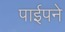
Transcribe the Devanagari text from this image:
पाईपने